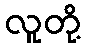
လူတို့